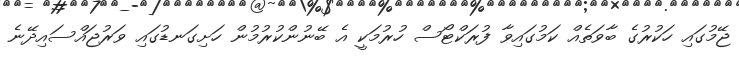
ޖޭމުގައި ހަކުރުގެ ބާވަތެއް ކަމުގައިވާ ފުރަކްޓޯސް ހުރުމަކީ އެ ބޭނުންކުރުމުން ހަށިގަނޑުގައި ވަރުޖައްސައިދޭނެ